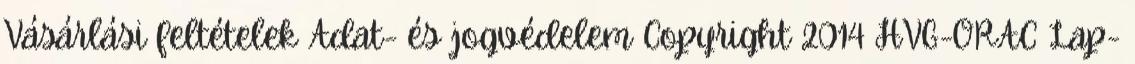
Vásárlási feltételek Adat- és jogvédelem Copyright 2014 HVG-ORAC Lap-